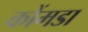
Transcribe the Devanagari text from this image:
कोंमडा